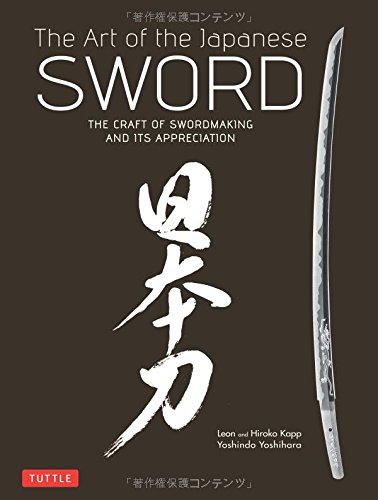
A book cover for The Art of the Japanese Sword: The Craft of Swordmaking and its Appreciation; Yoshindo Yoshihara; Crafts, Hobbies & Home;